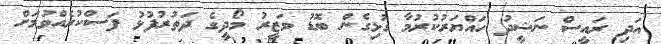
އަދި ރައީސް ނަޝީދު ހައްޔަރުކުރުމާ ގުޅިގެން ބޮޑު ވަޒީރު މޯދީގެ ދަތުރުފުޅު ފަސްކުރެއްވުމަށް